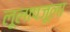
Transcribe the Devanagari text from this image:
लूलापजूला